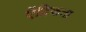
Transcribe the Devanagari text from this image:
ऐंद्रिकता